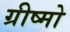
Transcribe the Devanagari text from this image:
ग्रीष्मो